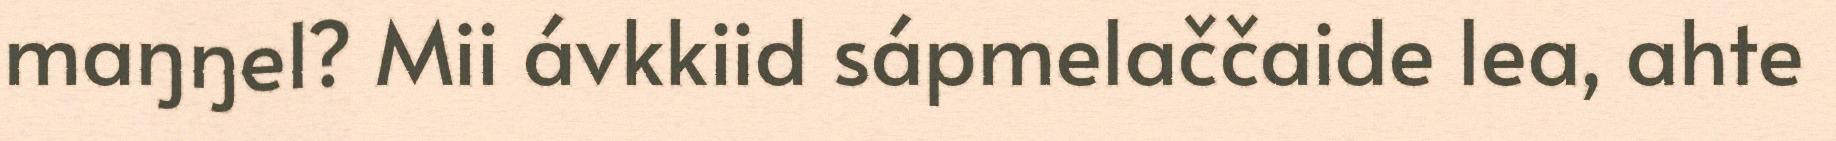
maŋŋel? Mii ávkkiid sápmelaččaide lea, ahte